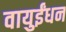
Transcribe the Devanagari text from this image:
वायुईंधन